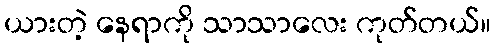
ယားတဲ့ နေရာကို သာသာလေး ကုတ်တယ်။